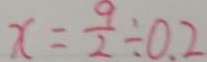
x = \frac { 9 } { 2 } \div 0 . 2